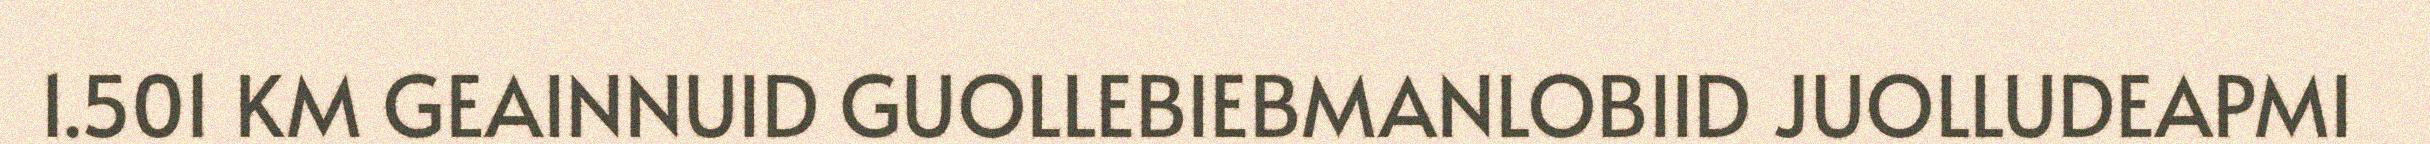
1.501 KM GEAINNUID GUOLLEBIEBMANLOBIID JUOLLUDEAPMI